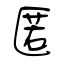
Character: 匿